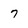
Character: 7